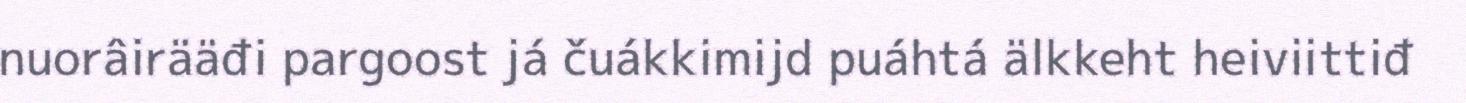
nuorâirääđi pargoost já čuákkimijd puáhtá älkkeht heiviittiđ